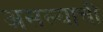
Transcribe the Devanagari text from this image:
असल्‍याची